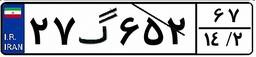
۴۵گ۱۶۱۷۷